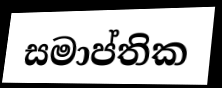
සමාප්තික